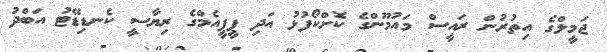
ޖަމީލްގެ އިތުރުން ރައީސް މައުމޫންގެ ކޮށްކޯފުޅު އަދި ޕީޕީއެމްގެ ރިޔާސީ ކެނޑިޑޭޓު އަބްދު